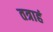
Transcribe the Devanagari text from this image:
तत्राहं